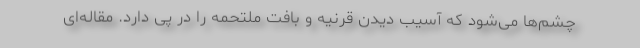
چشم‌ها می‌شود که آسیب دیدن قرنیه و بافت ملتحمه را در پی دارد. مقاله‌ای